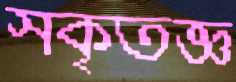
সকৃতজ্ঞ